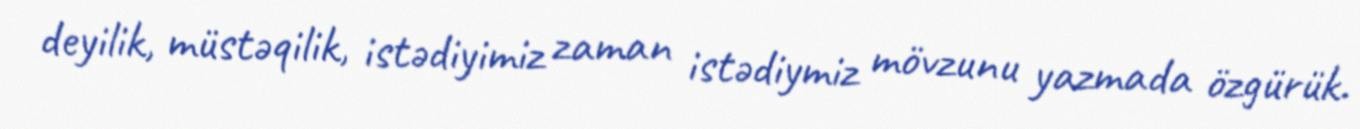
deyilik, müstəqilik, istədiyimiz zaman istədiymiz mövzunu yazmada özgürük.